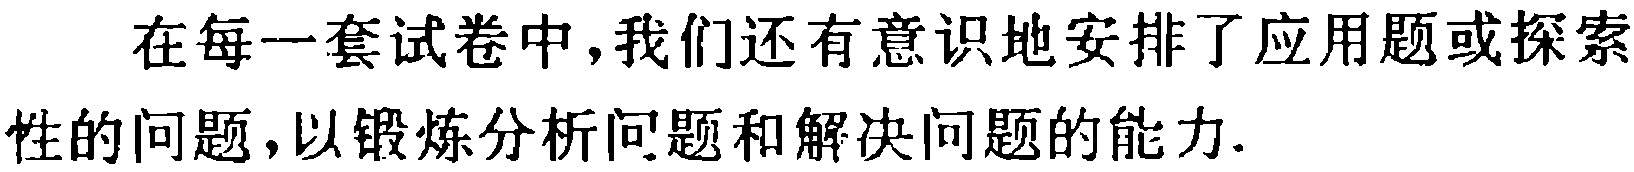
在每一套试卷中,我们还有意识地安排了应用题或探索性的问题,以锻炼分析问题和解决问题的能力.